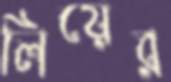
লিয়ের